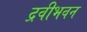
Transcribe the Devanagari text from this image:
द्रवीभवन